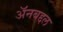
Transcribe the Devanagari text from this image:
अॅनबद्दल